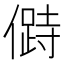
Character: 𠍰